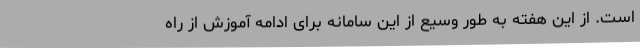
است. از این هفته به طور وسیع از این سامانه برای ادامه آموزش از راه